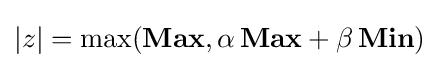
|z|=\max(\mathbf {Max} ,\alpha \,\mathbf {Max} +\beta \,\mathbf {Min} )